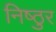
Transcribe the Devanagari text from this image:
निष्‍ठुर